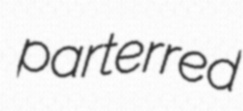
parterred